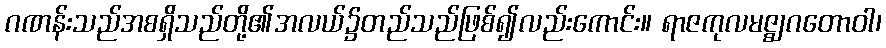
ဂဏန်းသည်အစရှိသည်တို့၏အလယ်၌တည်သည်ဖြစ်၍လည်းကောင်း။ ရာဇကုလမဇ္ဈဂတောဝါ၊